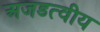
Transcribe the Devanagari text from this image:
अजडत्वीय